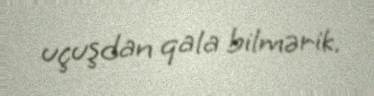
uçuşdan qala bilmərik.